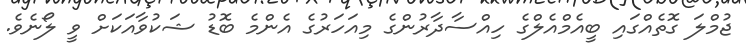
ޖުމްލަ ގޮތެއްގައި ބީއެމްއެލްގެ ހިއްސާދާރުންގެ މިއަހަރުގެ އެންމެ ބޮޑު ޝަކުވާއަކަށް ވީ ލޯނެވެ.